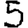
Digit: 5